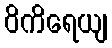
ဝိကိရေယျ